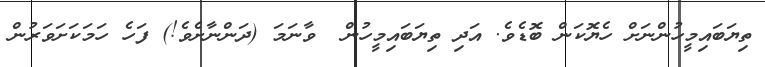
ތިޔަބައިމީހުންނަށް ހެޔޮކަން ބޮޑެވެ. އަދި ތިޔަބައިމީހުން  ވާނަމަ (ދަންނާށެވެ!) ފަހެ ހަމަކަށަވަރުން